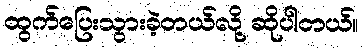
ထွက်ပြေးသွားခဲ့တယ်လို့ ဆိုပါတယ်။